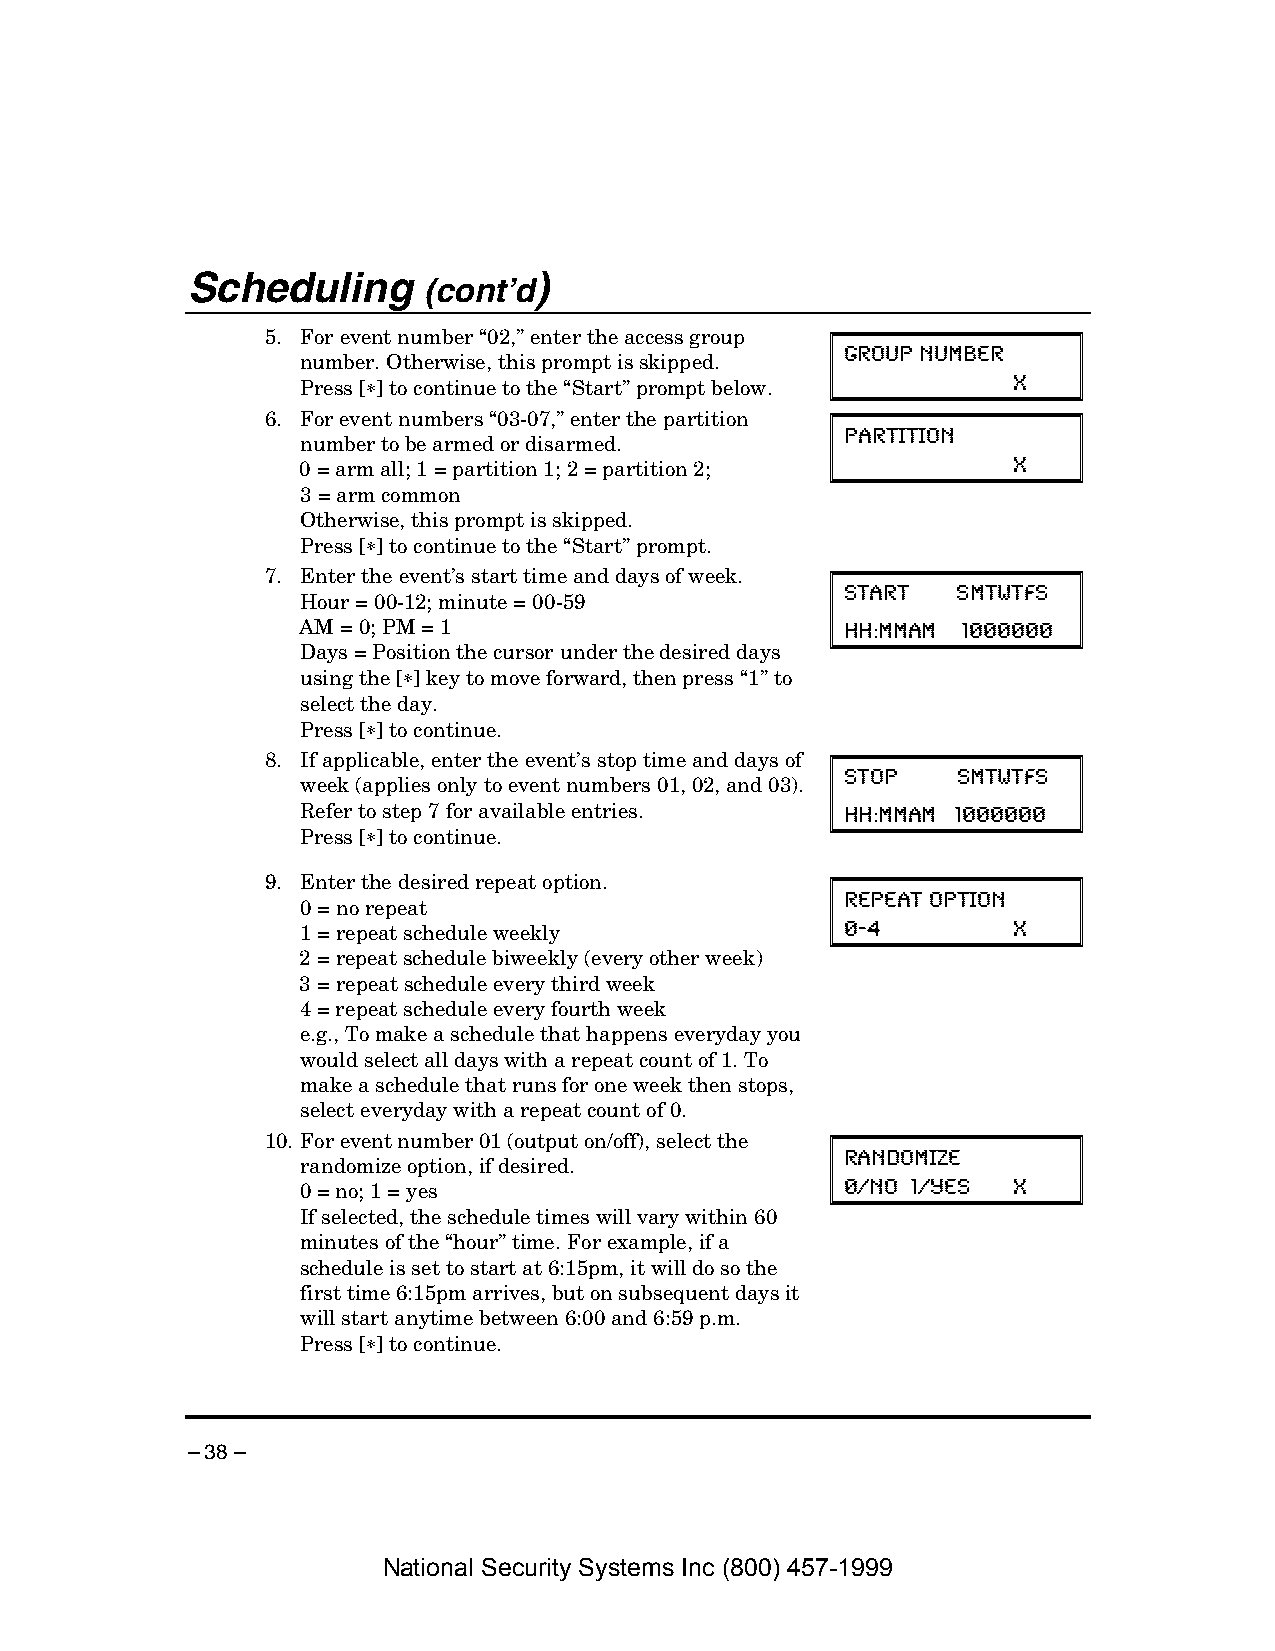
Scheduling      (cont’d)
 5. For event number “02,” enter the access group
 number. Otherwise, this prompt is skipped. GROUP NUMBER
 Press [∗] to continue to the “Start” prompt below. X
 6. For event numbers “03-07,” enter the partition
 number to be armed or disarmed.     PARTITION
 0 = arm all; 1 = partition 1; 2 = partition 2; X
 3 = arm common
 Otherwise, this prompt is skipped.
 Press [∗] to continue to the “Start” prompt.
 7. Enter the event’s start time and days of week.
 Hour = 00-12; minute = 00-59        START  SMTWTFS
 AM = 0; PM = 1
 HH:MMAM 1000000
 Days = Position the cursor under the desired days
 using the [∗] key to move forward, then press “1” to
 select the day.
 Press [∗] to continue.
 8. If applicable, enter the event’s stop time and days of
 week (applies only to event numbers 01, 02, and 03). STOP SMTWTFS
 Refer to step 7 for available entries.
 HH:MMAM 1000000
 Press [∗] to continue.
 9. Enter the desired repeat option.
 0 = no repeat                       REPEAT OPTION
 1 = repeat schedule weekly          0-4        X
 2 = repeat schedule biweekly (every other week)
 3 = repeat schedule every third week
 4 = repeat schedule every fourth week
 e.g., To make a schedule that happens everyday you
 would select all days with a repeat count of 1. To
 make a schedule that runs for one week then stops,
 select everyday with a repeat count of 0.
 10. For event number 01 (output on/off), select the
 randomize option, if desired.       RANDOMIZE
 0 = no; 1 = yes                     0=NO 1=YES X
 If selected, the schedule times will vary within 60
 minutes of the “hour” time. For example, if a
 schedule is set to start at 6:15pm, it will do so the
 first time 6:15pm arrives, but on subsequent days it
 will start anytime between 6:00 and 6:59 p.m.
 Press [∗] to continue.
 – 38 –
 National Security Systems Inc (800) 457-1999